Reports on military cantonments and civil stations in the Presidency of Bombay inspected by the Sanitary Commissioner in the years 1875 and 1876
Year: 1875
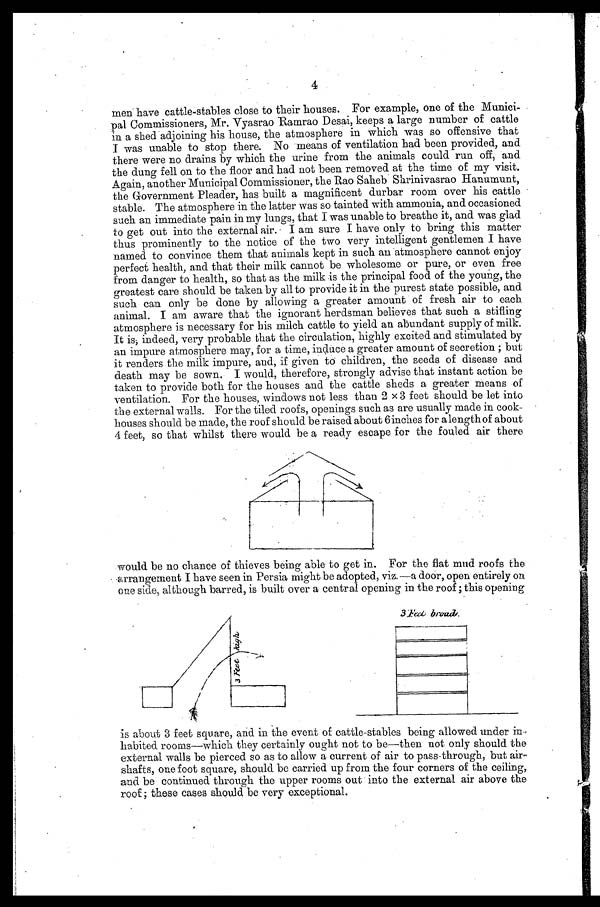
4
men have cattle-stables close to their houses. For example, one of the Munici-
pal Commissioners, Mr. Vyasrao Ramrao Desai, keeps a large number of cattle
in a shed adjoining his house, the atmosphere in which was so offensive that
I was unable to stop there. No means of ventilation had been provided, and
there were no drains by which the urine from the animals could run off, and
the dung fell on to the floor and had not been removed at the time of my visit.
Again, another Municipal Commissioner, the Rao Saheb Shrinivasrao Hanumunt,
the Government Pleader, has built a magnificent durbar room over his cattle
stable. The atmosphere in the latter was so tainted with ammonia, and occasioned
such an immediate pain in my lungs, that I was unable to breathe it, and was glad
to get out into the external air. I am sure I have only to bring this matter
thus prominently to the notice of the two very intelligent gentlemen I have
named to convince them that animals kept in such an atmosphere cannot enjoy
perfect health, and that their milk cannot be wholesome or pure, or even free
from danger to health, so that as the milk is the principal food of the young, the
greatest care should be taken by all to provide it in the purest state possible, and
such can only be done by allowing a greater amount of fresh air to each
animal. I am aware that the ignorant herdsman believes that such a stifling
atmosphere is necessary for his milch cattle to yield an abundant supply of milk.
It is; indeed, very probable that the circulation, highly excited and stimulated by
an impure atmosphere may, for a time, induce a greater amount of secretion; but
it renders the milk impure, and, if given to children, the seeds of disease and
death may be sown. I would, therefore, strongly advise that instant action be
taken to provide both for the houses and the cattle sheds a greater means of
ventilation. For the houses, windows not less than 2 x 3 feet should be let into
the external walls. For the tiled roofs, openings such as are usually made in cook
-
houses should be made, the roof should be raised about 6inches for a length of about
4 feet, so that whilst there would be a ready escape for the fouled air there
would be no chance of thieves being able to get in. For the flat mud roofs the
arrangement I have seen in Persia might be adopted, viz.—a door, open entirely on
one side, although barred, is built over a central opening in the roof; this opening
is about 3 feet square, and in the event of cattle-stables being allowed under in
habited rooms—which they certainly ought not to be—then not only should the
external walls be pierced so as to allow a current of air to pass-through, but air-
shafts, one foot square, should be carried up from the four corners of the ceiling,
and be continued through the upper rooms out into the external air above the
roof; these cases should be very exceptional.